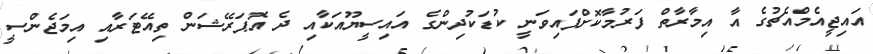
އައިޖީއެމްއެޗުގެ އާ އިމާރާތް ފަރުމާކޮށްފައިވަނީ ކުޑަކުދިންގެ އައިސީޔޫއަކާއި ދެ އޮޕަރޭޝަން ތިއޭޓަރާއި އިމަޖެންސީ